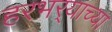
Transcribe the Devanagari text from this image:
हरभर्‍याच्या